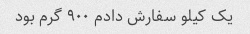
یک کیلو سفارش دادم ۹۰۰ گرم بود